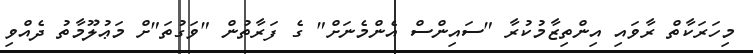
މިހަރަކާތް ރާވައި އިންތިޒާމުކުރާ "ސައިންސް އެންމެނަށް" ގެ ފަރާތުން "ވަގުތަ"ށް މަޢުލޫމާތު ދެއްވި